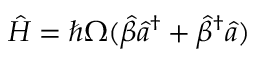
\hat { H } = \hbar \Omega ( \hat { \beta } \hat { a } ^ { \dagger } + \hat { \beta } ^ { \dagger } \hat { a } )